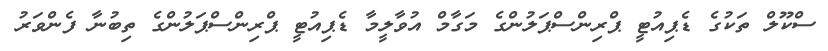
ސްކޫލް ތަކުގެ ޑެޕިއުޓީ ޕްރިންސްޕަލުންގެ މަގާމް އުވާލީމާ ޑެޕިއުޓީ ޕްރިންސްޕަލުންގެ ތިބުނާ ފެންވަރު